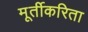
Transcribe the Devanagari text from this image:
मूर्तीकरिता